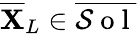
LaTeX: \overline{{\mathbf{X}}}_{L}\in\overline{{\mathcal{S}\mathrm{~o~l~}}}